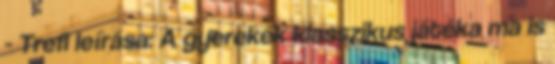
- Trefl leírása: A gyerekek klasszikus játéka ma is